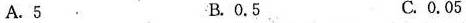
A. 5 B. 0.5 C. 0.05